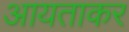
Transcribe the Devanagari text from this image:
आयताकर